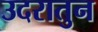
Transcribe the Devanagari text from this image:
उदरातुन